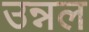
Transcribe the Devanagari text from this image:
उन्नल